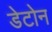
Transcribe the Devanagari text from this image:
डेटोन